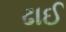
ઢાઈ